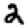
Digit: 2